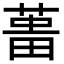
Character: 𦵰